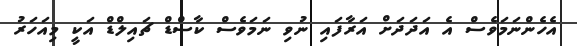
އެހެންނަމަވެސް އެ އަދަދަށް އަރާފައި ނުވި ނަމަވެސް ކާސްޑް ޗައިލްޑް އަކީ މިއަހަރު